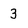
Character: 3